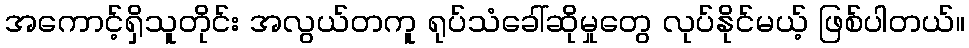
အကောင့်ရှိသူတိုင်း အလွယ်တကူ ရုပ်သံခေါ်ဆိုမှုတွေ လုပ်နိုင်မယ့် ဖြစ်ပါတယ်။